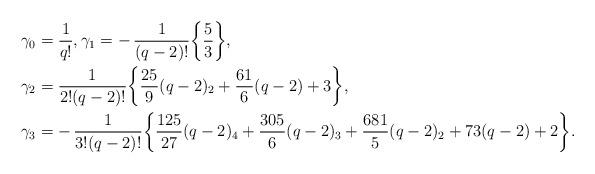
LaTeX: \begin{align*}\gamma_0 &= \frac{1}{q!}, \gamma_1 = -\, \frac{1}{(q-2)!}\bigg\{ \frac{5}{3} \bigg\}, \\\gamma_2 &= \frac{1}{2!(q-2)!} \bigg\{ \frac{25}{9} (q-2)_2 + \frac{61}{6} (q-2) + 3 \bigg\} , \\\gamma_3 &= -\, \frac{1}{3!(q-2)!} \bigg\{ \frac{125}{27} (q-2)_4 + \frac{305}{6} (q-2)_3 + \frac{681}{5} (q-2)_2 + 73 (q-2) + 2 \bigg\} .\end{align*}